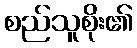
စည်သူစိုး၏